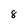
Character: 8